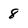
Character: 8